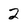
Character: 2